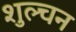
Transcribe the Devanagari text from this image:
शुल्चन